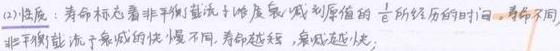
(2) 浓度：寿命标志着非平衡载流子浓度衰减到原值的 $\frac{1}{e}$ 所经历的时间。寿命不同，非平衡载流子衰减的快慢不同，寿命越短，衰减越快。